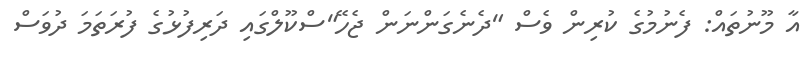
އާ މޫނުތައް: ފެނުމުގެ ކުރިން ވެސް "ދެނެގަންނަން ޖެހޭ"ސްކޫލްގައި ދަރިފުޅުގެ ފުރަތަމަ ދުވަސް